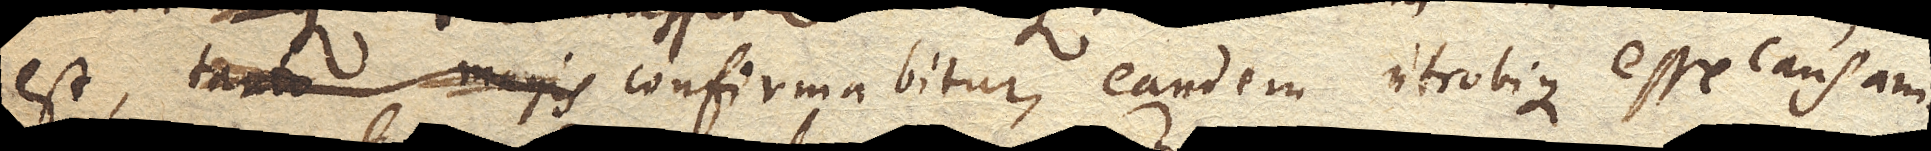
est, tanto magis confirmabitur, eandem utrobique esse causam.